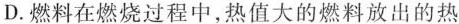
D.燃料在燃烧过程中，热值大的燃料放出的热